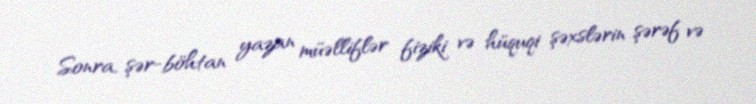
Sonra, şər-böhtan yazan müəlliflər fiziki və hüquqi şəxslərin şərəf və